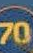
م